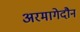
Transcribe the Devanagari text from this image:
अरमागेदौन